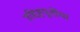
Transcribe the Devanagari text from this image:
उद्दिष्टपूर्तीचा